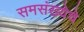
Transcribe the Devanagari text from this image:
समसंख्येचे